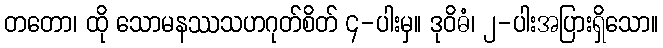
တတော၊ ထို သောမနဿသဟဂုတ်စိတ် ၄-ပါးမှ။ ဒုဝိဓံ၊ ၂-ပါးအပြားရှိသော။